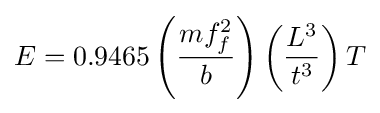
E=0.9465\left({\frac {mf_{f}^{2}}{b}}\right)\left({\frac {L^{3}}{t^{3}}}\right)T